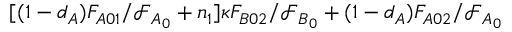
[ ( 1 - d _ { A } ) F _ { A 0 1 } / \mathcal { F } _ { A _ { 0 } } + n _ { 1 } ] \kappa F _ { B 0 2 } / \mathcal { F } _ { B _ { 0 } } + ( 1 - d _ { A } ) F _ { A 0 2 } / \mathcal { F } _ { A _ { 0 } }